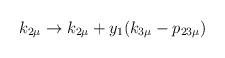
LaTeX: \begin{align*}k_{2 \mu} \rightarrow k_{2 \mu} + y_1 (k_{3\mu} - p_{23\mu} )\end{align*}